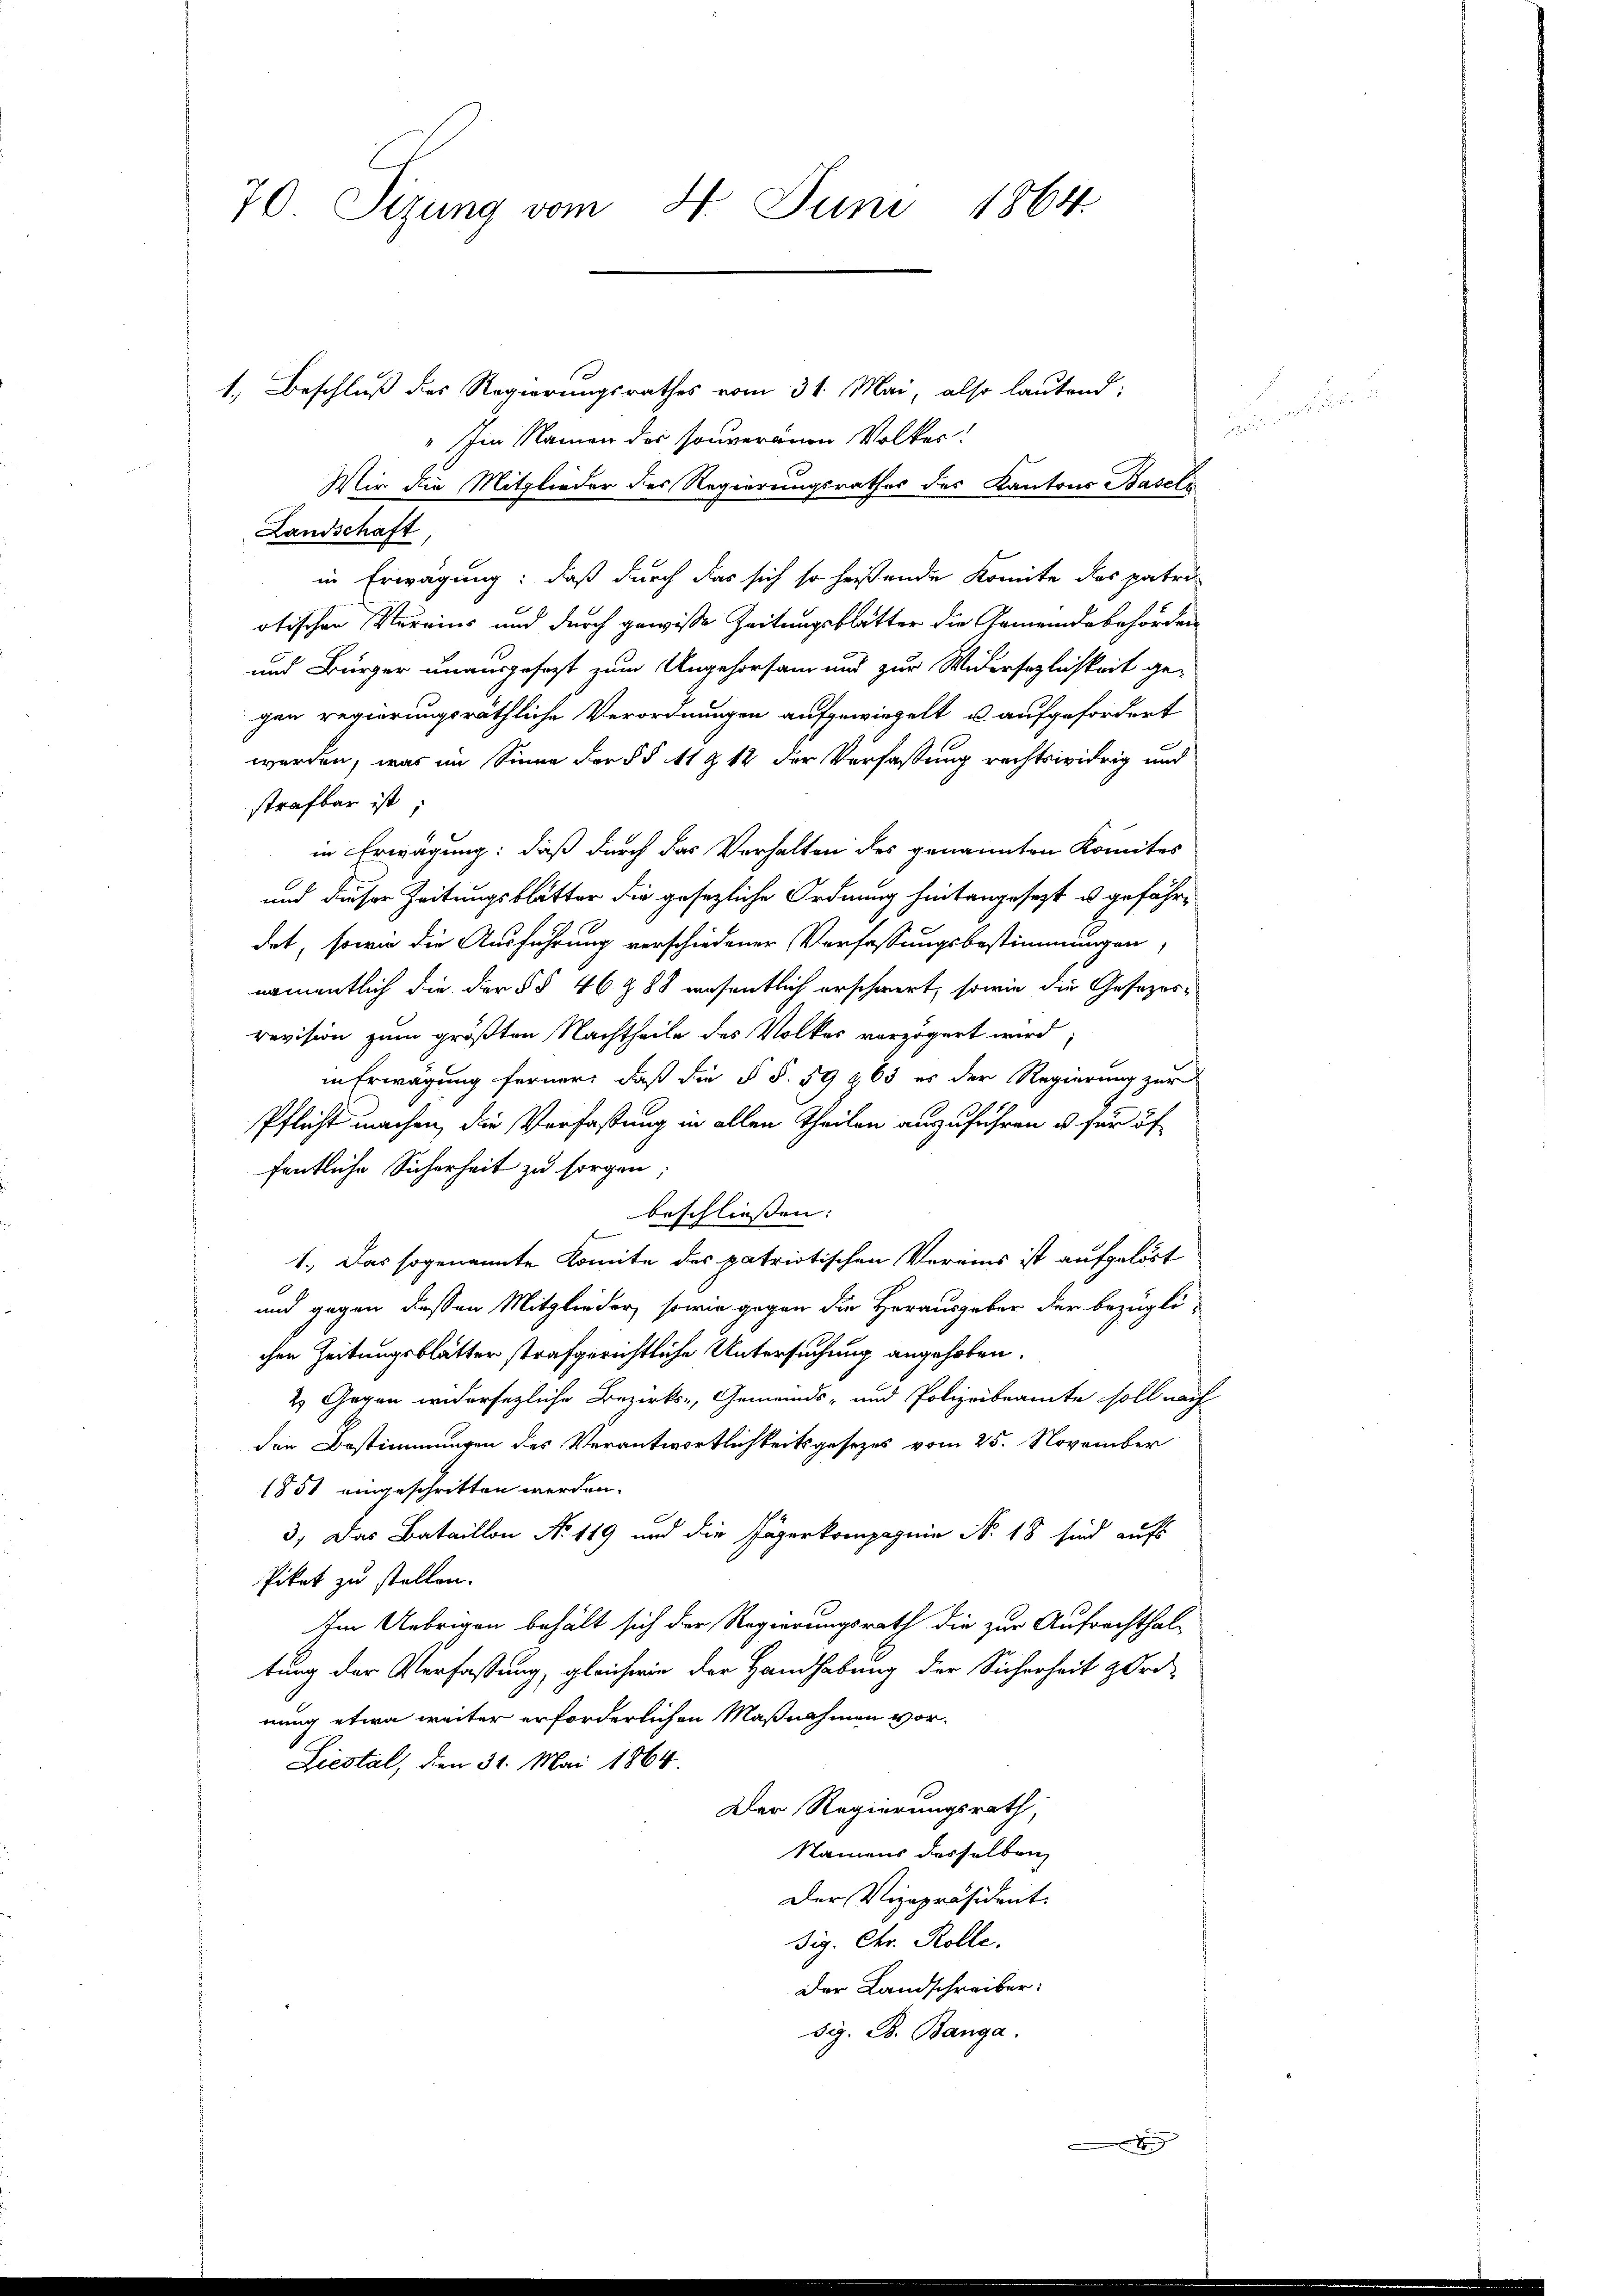
70 Sizung vom 4. Juni 1864.

1. Beschluß des Regierungsrathes vom 31. Mai, also lautend;
Im Namen der souveranen Volker.
Mir die Mitglieder des Regierungsrathes des Kantons Baseli
Landschaft
in Erwägung: daß durch das sich so heißende Komite des patri
otischen Vereins und durch gewisse Zeitungsblätter die Gemeindsbehörden
und Bürger unausgesezt zum Ungehorsam und zur Widersezlichkeit ge-
gen regierungsräthliche Verordnungen aufgewieselt u. aufgefordert
werden, was im Sinne der §§ 11 & 12 der Verfassung rechtswidrig und
strafbar ist;
in Erwägung: daß durch das Verhalten des genannten Komites
und dieser Zeitungsblätter die gesezliche Ordnung hintangesezt u. gefährdet, sowie die Ausführung verschiedener Verfassungsbestimmungen
namentlich die der §§ 46 § 88 wesentlich erschwert, sowie die Gesezesrevision zum größten Nachtheile des Volkes verzögert wird
in Erwägung ferner, daß die § §. 59 863 es der Regierung zur
Pflicht machen, die Verfaßung in allen Theilen auszuführen u. für öf
fentliche Sicherheit zu sorgen.
beschliessen:
f
1.) Das sogenannte Komite des patriotischen Vereins ist aufgelöst
und gegen dessen Mitglieder, sowie gegen die Herausgeber der bezügli-
chen Zeitungsblätter strafgerichtliche Untersuchung angehoben.
2) Gegen widersezliche Bezirks-, Gemeinds- und Polizeibeamte soll nach
den Bestimmungen des Verantwortlichkeitsgesezes vom 25. November
1851 eingeschritten werden.
3., Das Bataillon No 119 und die Jägerkompagnie No. 18 sind aufs
Piket zu stellen.
Im Uebrigen behält sich der Regierungsrath die zur Aufrechthal-
tung der Verfaßung, gleicherin der Handhabung der Sicherheit ord-
nung etwa weiter erforderlichen Maßnahmen vor¬
Liestal, den 31. Mai 1864.
Der Regierungsrath,
Namens desselben
Der Vizepräsident.
dig. Chr. Rolle.
Der Landschreiber:
sig. B. Banga
x

u